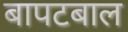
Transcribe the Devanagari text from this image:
बापटबाल